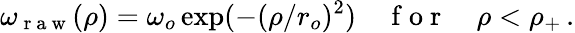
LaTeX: \omega_{\mathrm{~r~a~w~}}(\rho)=\omega_{o}\exp(-(\rho/r_{o})^{2})\quad\mathrm{~f~o~r~}\quad\rho<\rho_{+}\, .